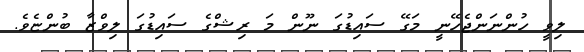
ލިވީ ހުންނަންޖެހޭނީ މަގޭ ސައިޑުގަ ނޫން މަ ރިޝްގެ ސައިޑުގަ ލިވްޒާ ބުންޏެވެ.